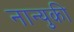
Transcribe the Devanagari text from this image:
नान्युकी